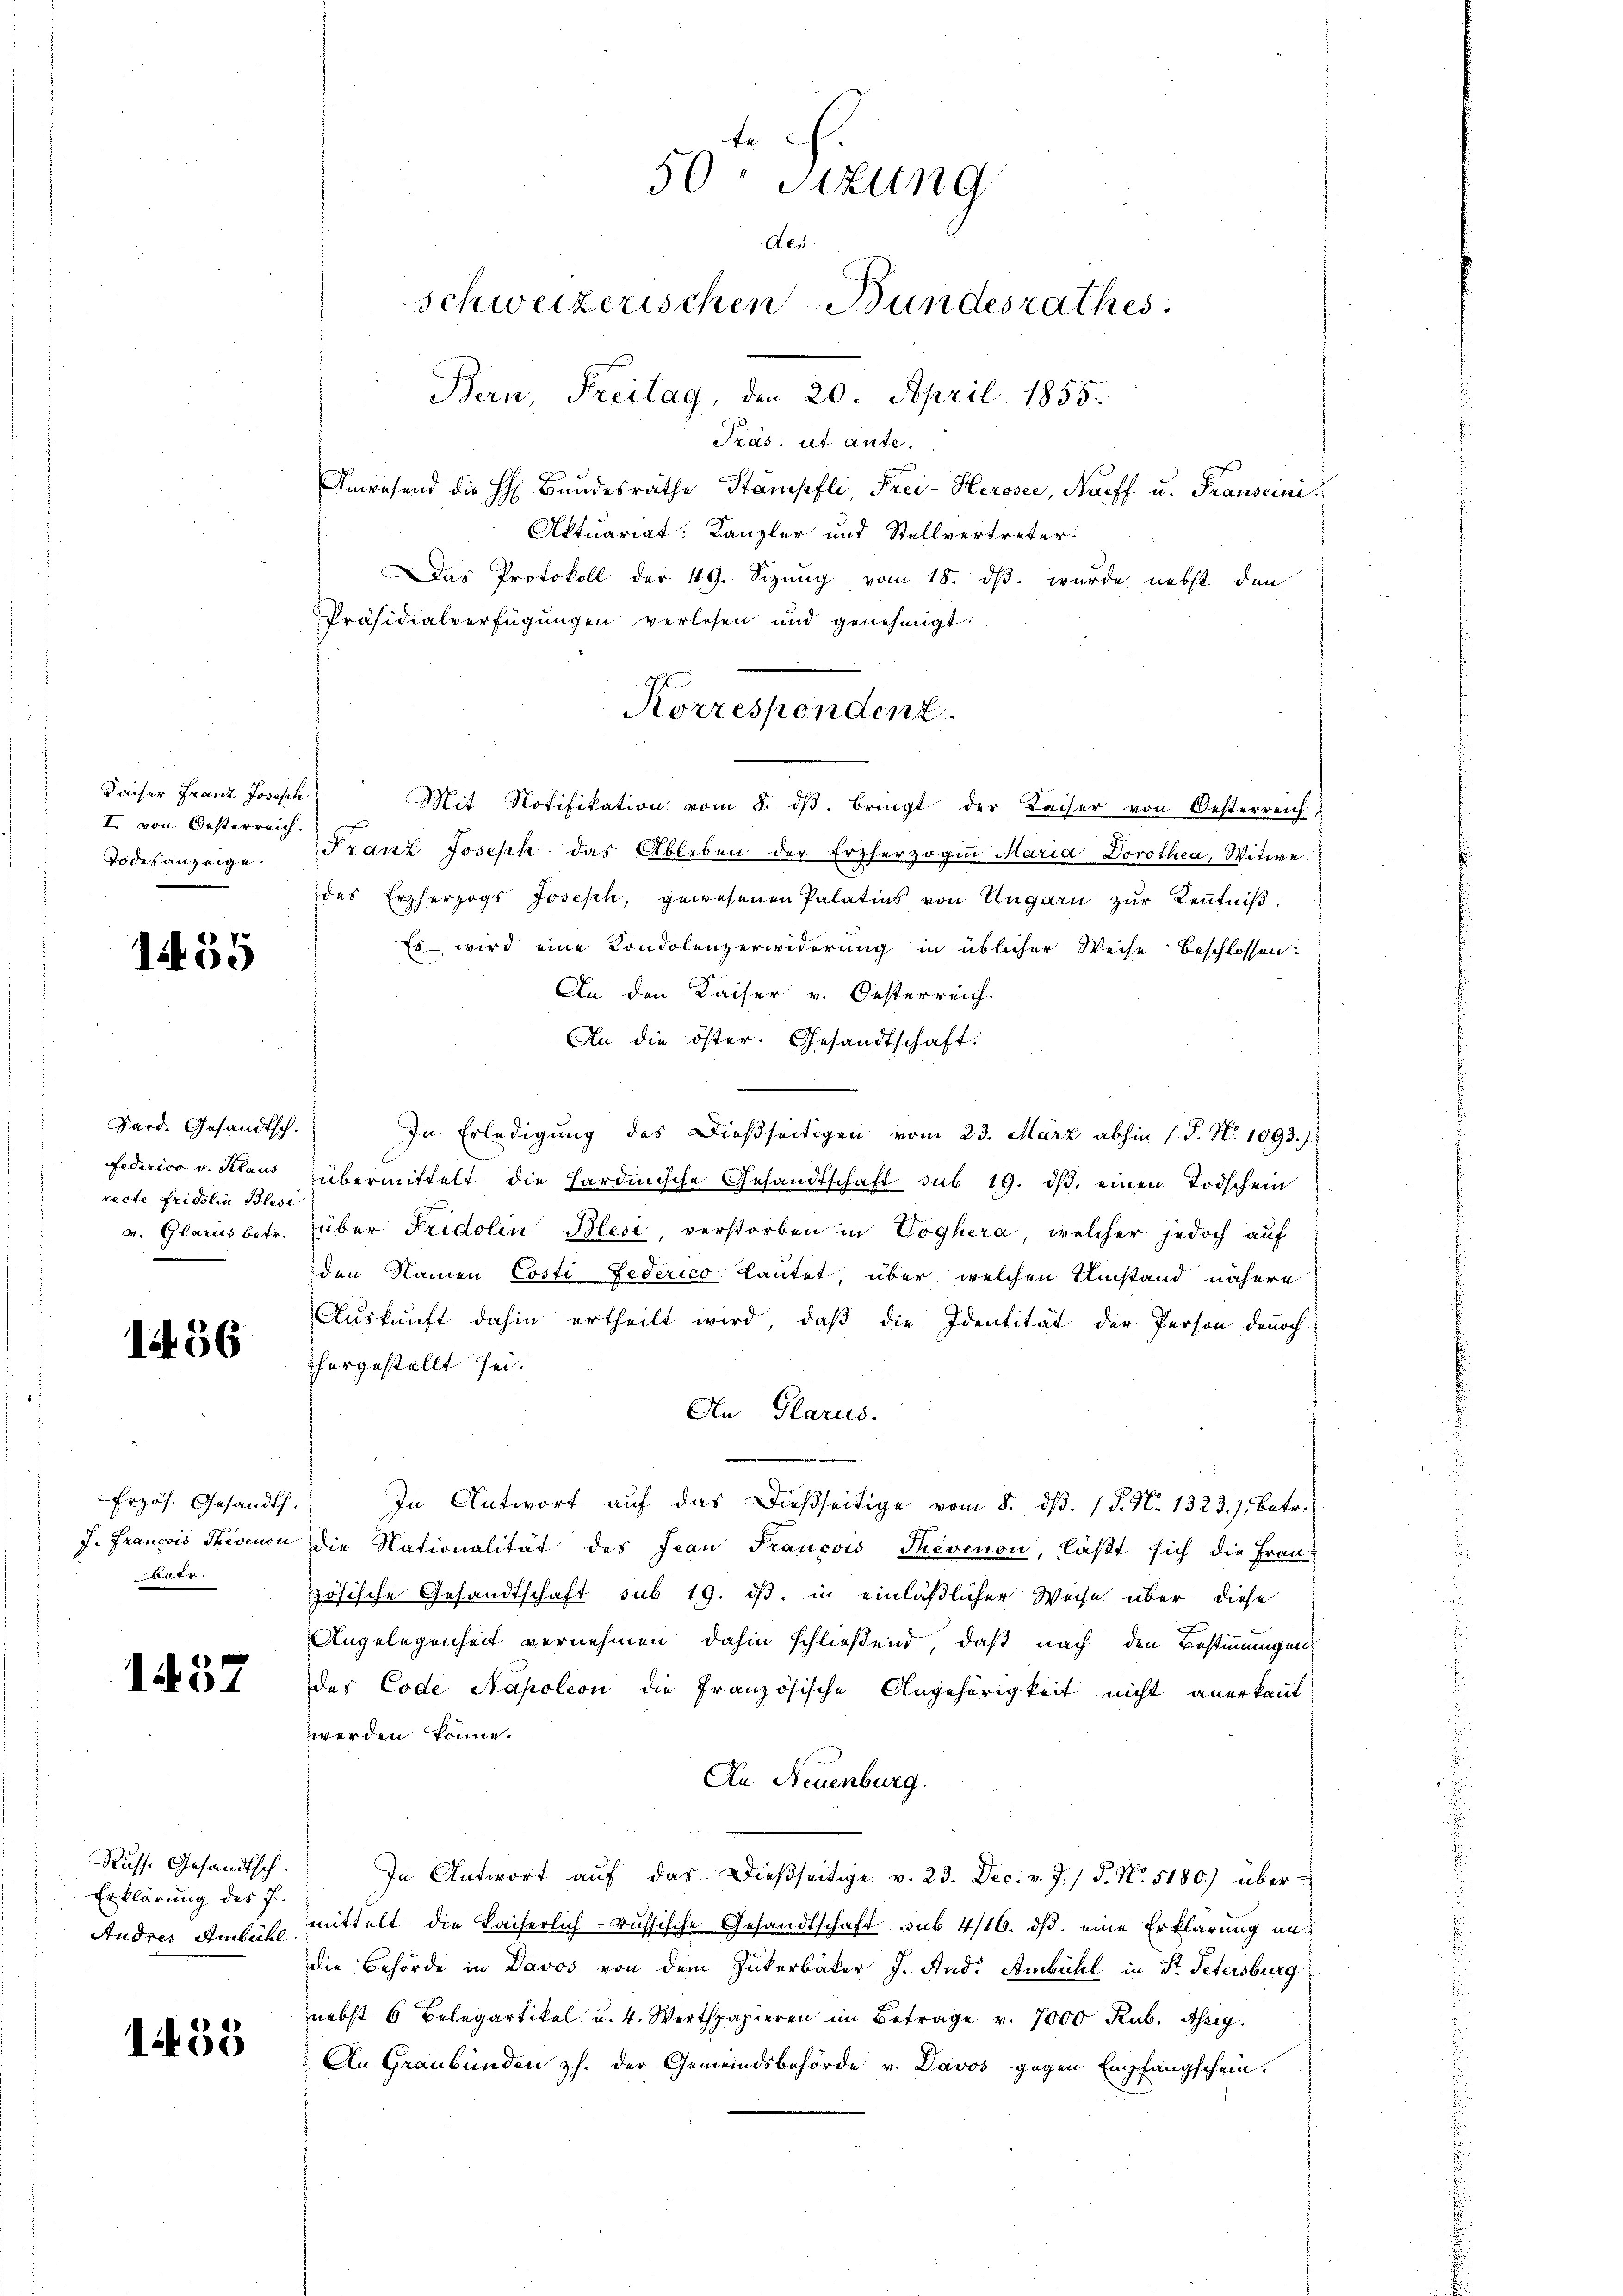
50 Sitzung
Aes
schweizerischen Bundesrathes.
Bern, Freitag, den 20. April 1855.
Präs. ut ante.

Aktuariat: Kanzler und Stellvertreter
Das Protokoll der 49. Sizung vom 18. dβ. wurde nebst den
Präsidialverfügungen verlesen und genehmigt.

Anwesend die H. Bandesräthe Stampfli, Frei-Heroser, Harff u. Frauseini

Korrespondenz

Mit Notifikation vom 8. dβ. bringt der Kaiser von Oesterreich
Franz Joseph das Ableben der Erzherzogin Maria Dorothea, Witwe
des Erzherzogs Joseph, gewesenen Palatins von Ungarn zŭr Keṅtniβ,
Es wird eine Kondolenzerwiderung in üblicher Weise beschlossen:
An den Kaiser v. Oesterreich.
An die öster. Gesandtschaft.
In Erledigung des Dießseitigen vom 23. März abhin ( P. N. 1093. /.
übermittelt die Hardinische Gesandtschaft sub 19. dβ. einen Todschein
über Fridolin Blesi, verstorben in Voghera, welcher jedoch auf
den Namen Costi Federico Lautet, über welchen Umstand nähere
Auskunft dahin ertheilt wird, daβ die Identität der Person denoch
hergestellt sei.
An Glarus.
.
In Antwort auf das dießseitige vom 8. ds. 1 P. N. 1323. J. Betr.
die Nationalität des Jean Francois Thevenon, läßt sich die Frau
zösische Gesandtschaft sub 19. ds. in einläßlicher Weise über diese
Angelegenheit vernehmen dahin schließend, daß nach den Bestimmungen
des Code Napoleon die französische Angehörigkeit nicht anerkannt:
werden könne.
An Neuenburg.
In Antwort aŭf das dießseitige v. 23. Dec. v. J. / 5. No. 5180.) übermittelt die Kaiserlich-russische Gesandtschaft sub 4/16. ds. eine Erklärung an
die Behörde in Davos von dem Zuckerbäker J. And. Ambühl in St. Petersburg
nebst 6 Belegartikel u. 4. Werthpapieren im Betrage v. 7000 Kub. Assig.
An Graubünden z. der Gemeindsbehörde v. Davos gegen Empfangschein.

Kaiser Franz Joseph
I. von Oesterreich.
Todesanzeige

1455

Sard. Gesandtsch.
Federico v. Klaus
recte Fridolin Blesi
v. Glarus betr.

1456

Erzös. Gesandts.
J. Francois Thevenon
tr.

1457

Russ. Gesandtsch.
Erklärung des 7.
Andres Ambühl.

1455